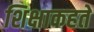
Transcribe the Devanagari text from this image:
शिक्षाकहते